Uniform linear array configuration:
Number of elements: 12
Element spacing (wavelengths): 0.25
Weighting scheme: binomial
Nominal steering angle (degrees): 45
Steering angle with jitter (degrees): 45.286
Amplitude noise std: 0.05
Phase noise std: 0.05

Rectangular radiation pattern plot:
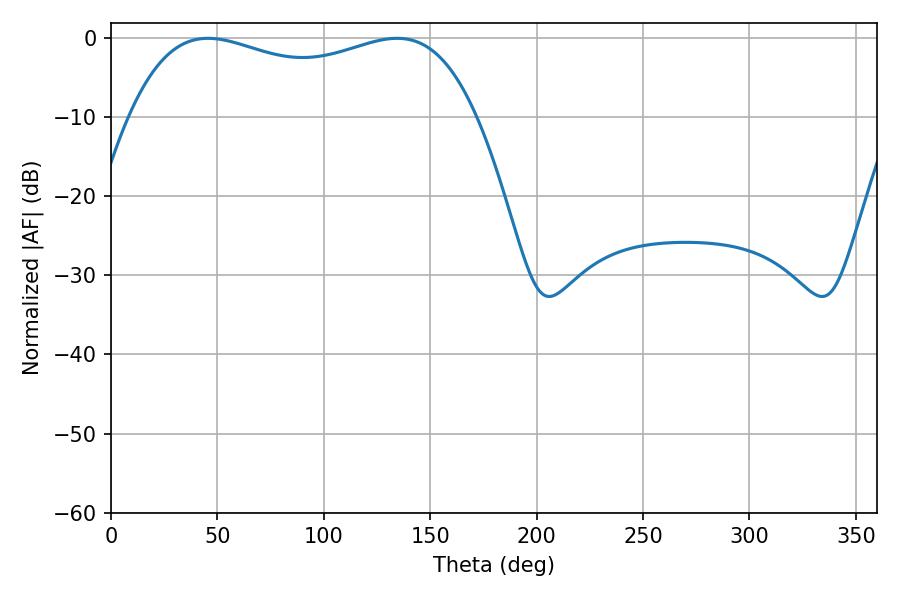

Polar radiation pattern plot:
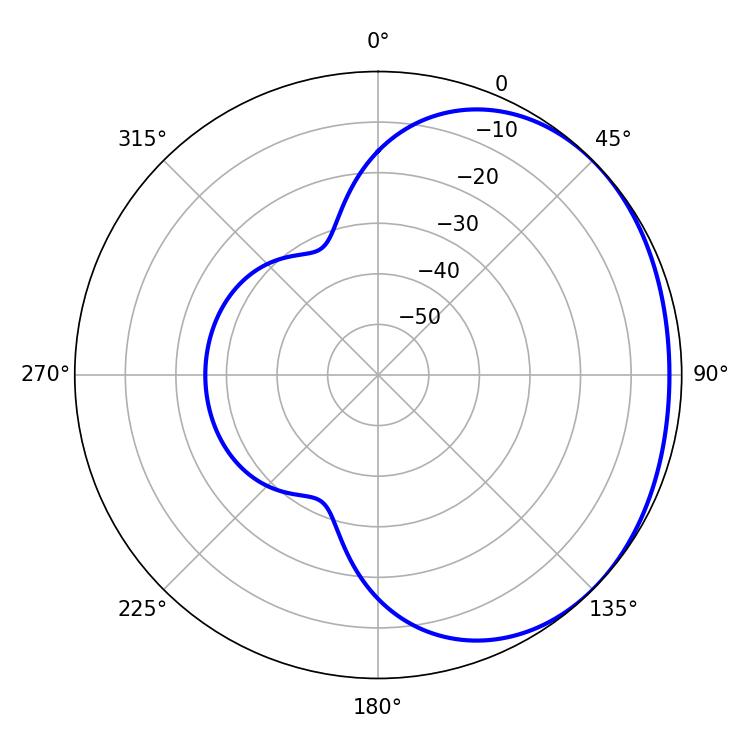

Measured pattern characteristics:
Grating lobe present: FALSE
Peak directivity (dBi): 1.38
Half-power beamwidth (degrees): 133.2
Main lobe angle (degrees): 45.54